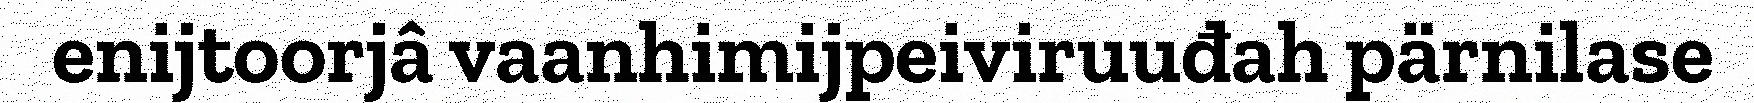
enijtoorjâ vaanhimijpeiviruuđah pärnilase